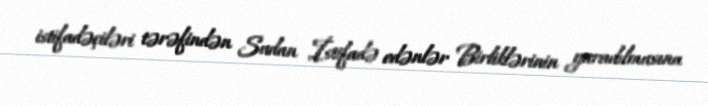
istifadəçiləri tərəfindən Sudan İstifadə edənlər Birliklərinin yaradılmasına